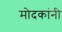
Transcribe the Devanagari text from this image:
मोदकांनी